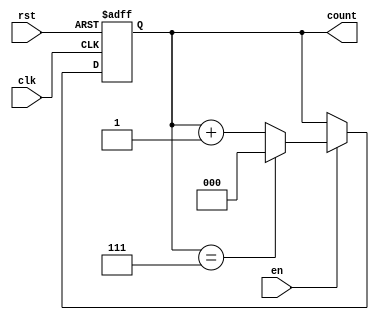
module ModulusCounter #(
    parameter N = 8  // Configurable modulus value (default is 8)
)(
    input wire clk,     // Clock signal
    input wire rst,     // Asynchronous reset signal
    input wire en,      // Enable signal
    output reg [$clog2(N)-1:0] count // Count output
);

// Always block to handle the counter logic
always @(posedge clk or posedge rst) begin
    if (rst) begin
        count <= 0; // Reset counter to 0
    end else if (en) begin
        if (count == (N - 1)) begin
            count <= 0; // Reset to 0 when reaching modulus
        end else begin
            count <= count + 1; // Increment count
        end
    end
end

endmodule